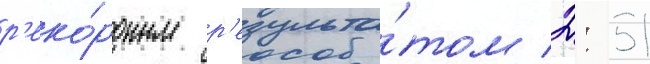
р'еко́рдным р'езульта́том 2: 51